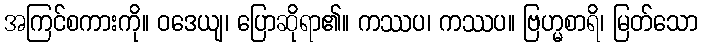
အကြင်စကားကို။ ဝဒေယျ၊ ပြောဆိုရာ၏။ ကဿပ၊ ကဿပ။ ဗြဟ္မစာရိ၊ မြတ်သော